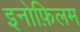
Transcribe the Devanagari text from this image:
इनोफ़िलम